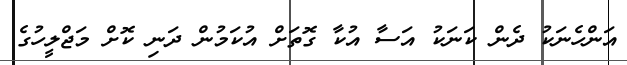
އަންހެނަކު ދެން ކަނަކު އަސާ އުކާ ގޮތަށް އުކަމުން ދަނި ކޮށް މަޖްލީހުގެ